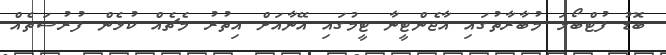
ބޮޑު ފުޓްބޯޅަ މުބާރާތުގައި އާޖެންޓީނާ ޓީމުގައި އޭނާއަށް އިތުރު މެޗެއް ކުޅެން ފުރުސަތެއް